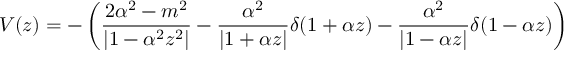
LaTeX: { \cal V } ( z ) = - \left( \frac { 2 \alpha ^ { 2 } - m ^ { 2 } } { | 1 - \alpha ^ { 2 } z ^ { 2 } | } - \frac { \alpha ^ { 2 } } { | 1 + \alpha z | } \delta ( 1 + \alpha z ) - \frac { \alpha ^ { 2 } } { | 1 - \alpha z | } \delta ( 1 - \alpha z ) \right)